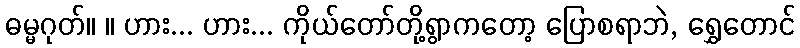
ဓမ္မဂုတ်။ ။ ဟား... ဟား... ကိုယ်တော်တို့ရွာကတော့ ပြောစရာဘဲ, ရွှေတောင်